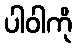
ပါဝါကို